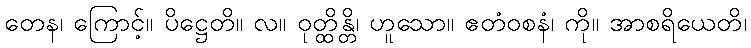
တေန၊ ကြောင့်။ ပိဋ္ဌေတိ။ လ။ ဝုတ္ထိန္တိ၊ ဟူသော။ ဧတံဝစနံ၊ ကို။ အာစရိယေတိ၊